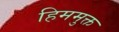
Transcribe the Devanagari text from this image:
हिममुक्त